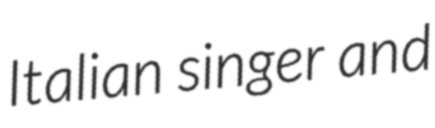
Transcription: Italian singer and